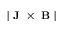
| \textbf { J } \times \textbf { B } |